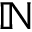
\mathbb { N }